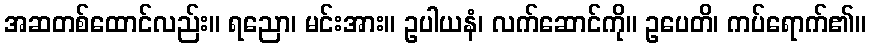
အဆတစ်ထောင်လည်း။ ရညော၊ မင်းအား။ ဥပါယနံ၊ လက်ဆောင်ကို။ ဥပေတိ၊ ကပ်ရောက်၏။